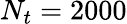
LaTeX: N_{t}=2000